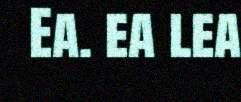
Ea. ea lea